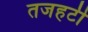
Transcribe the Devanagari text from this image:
तजहटी